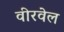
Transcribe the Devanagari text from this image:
वीरवेल